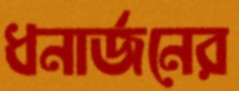
ধনার্জনের